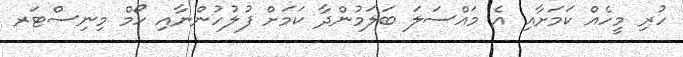
ހުރި މީހެއް ކަމަށާއި އެ މައްސަލަ ބަލަމުންދާ ކަމަށް ފުލުހުންނާއި ހޯމް މިނިސްޓަރ